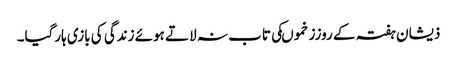
ذیشان ہفتہ کے روززخموںکی تاب نہ لاتے ہوئے زندگی کی بازی ہارگیا۔